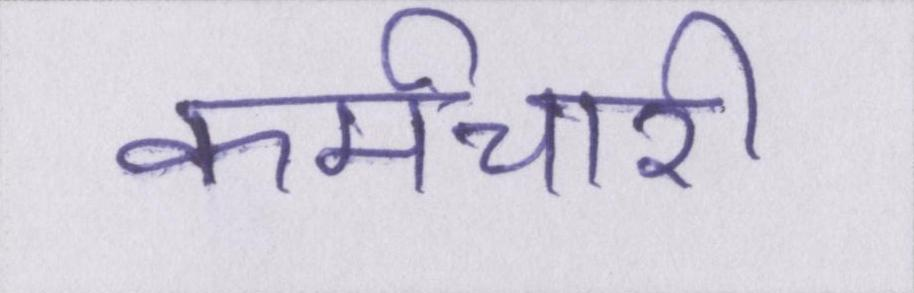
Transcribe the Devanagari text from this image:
कर्मचारी